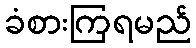
ခံစားကြရမည်